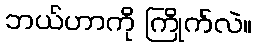
ဘယ်ဟာကို ကြိုက်လဲ။